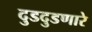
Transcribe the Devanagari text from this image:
दुडदुडणारे